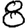
Digit: 8